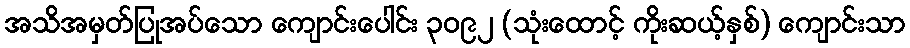
အသိအမှတ်ပြုအပ်သော ကျောင်းပေါင်း ၃၀၉၂ (သုံးထောင့် ကိုးဆယ့်နှစ်) ကျောင်းသာ